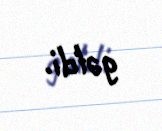
gəldi.